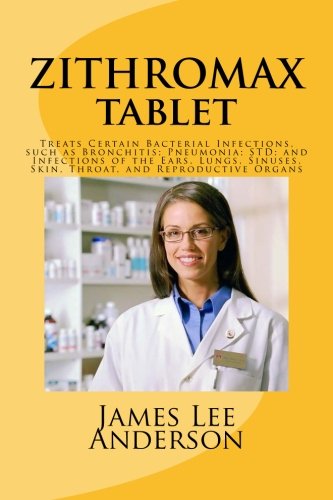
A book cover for ZITHROMAX Tablet: Treats Certain Bacterial Infections, such as Bronchitis; Pneumonia; STD; and Infections of the Ears, Lungs, Sinuses, Skin, Throat, and Reproductive Organs; James Lee Anderson; Health, Fitness & Dieting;